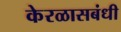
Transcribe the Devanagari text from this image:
केरळासबंधी